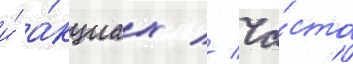
и́ а́кциах // Ча́сто